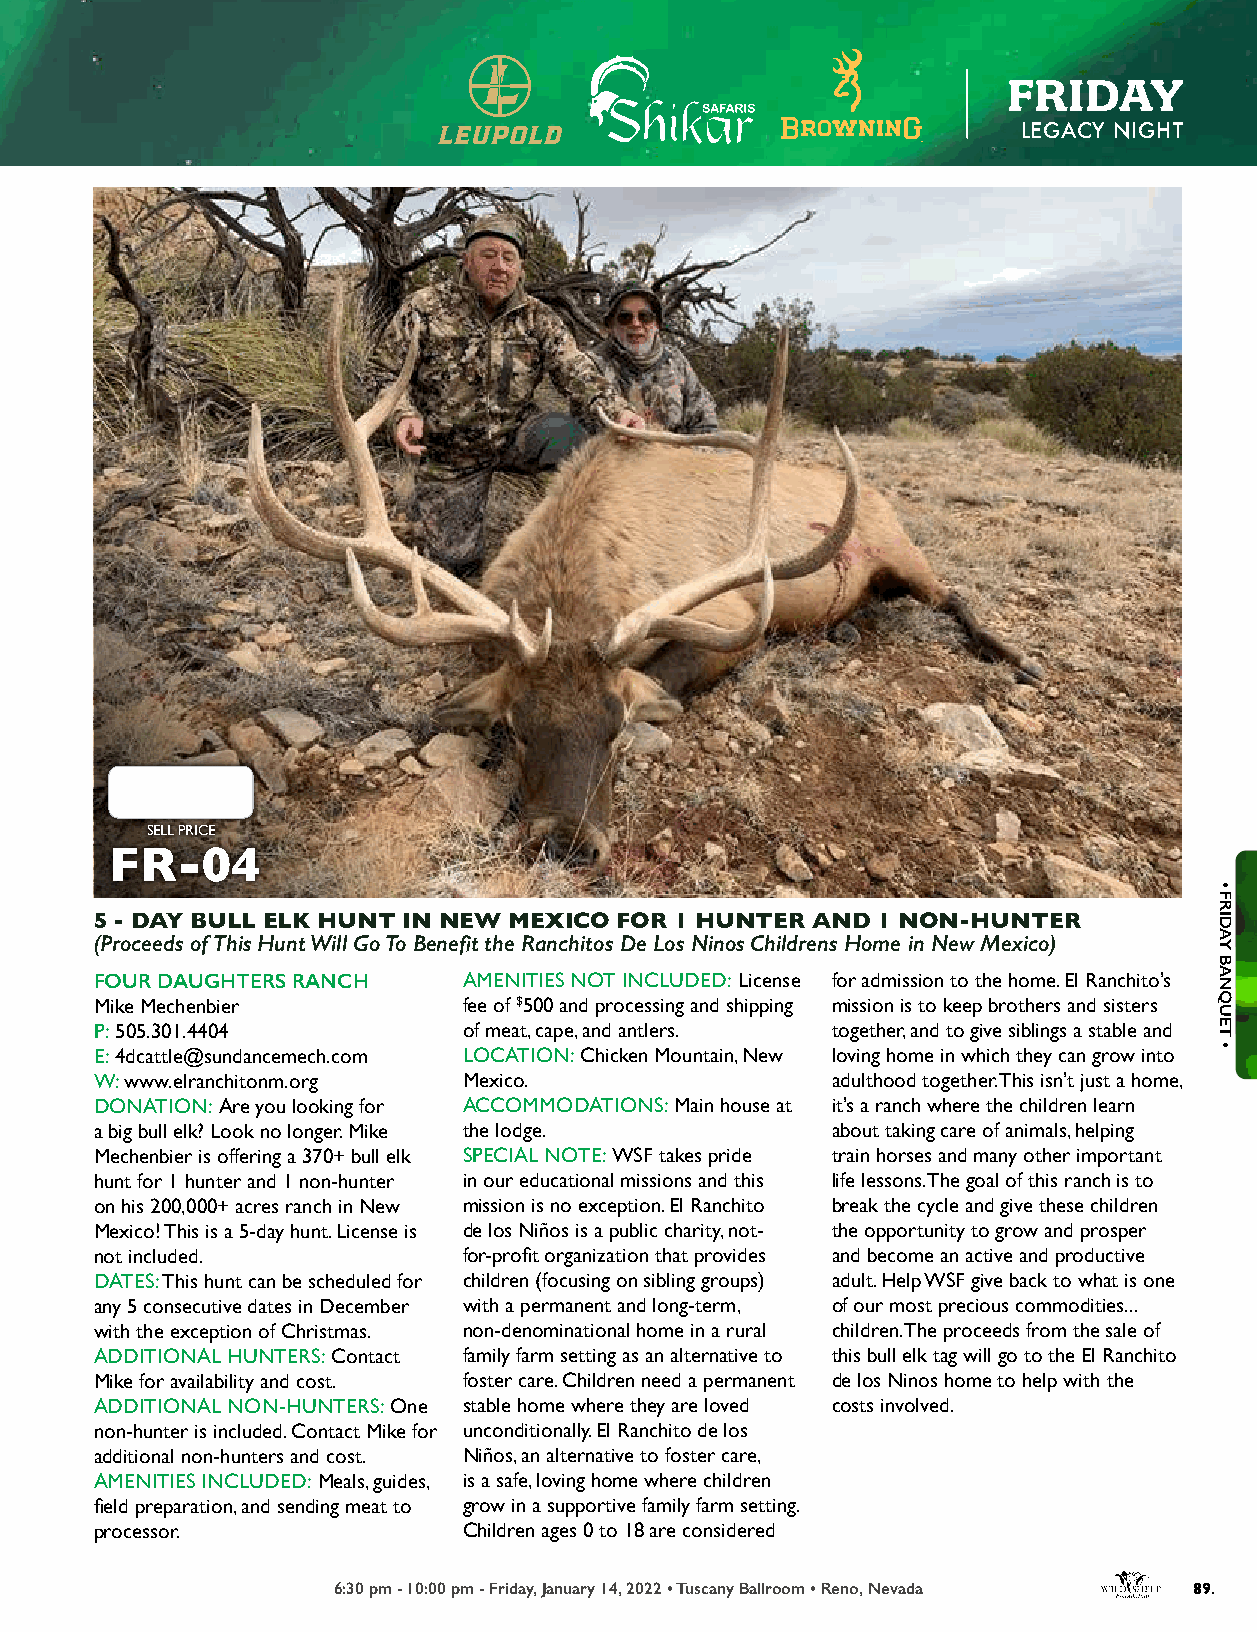
FRIDAY
 LEGACY NIGHT
 SELL PRICE
 FR-04
 5 - DAY BULL ELK HUNT IN NEW MEXICO FOR 1 HUNTER AND 1 NON-HUNTER
 (Proceeds of This Hunt Will Go To Benefit the Ranchitos De Los Ninos Childrens Home in New Mexico)
 FOUR DAUGHTERS RANCH     AMENITIES NOT INCLUDED: License for admission to the home. El Ranchito’s
 Mike Mechenbier          fee of $500 and processing and shipping mission is to keep brothers and sisters
 P: 505.301.4404          of meat, cape, and antlers. together, and to give siblings a stable and
 E: 4dcattle@sundancemech.com LOCATION: Chicken Mountain, New loving home in which they can grow into
 W: www.elranchitonm.org  Mexico.                 adulthood together. This isn’t just a home,
 DONATION: Are you looking for ACCOMMODATIONS: Main house at it’s a ranch where the children learn
 a big bull elk? Look no longer. Mike the lodge.  about taking care of animals, helping
 Mechenbier is offering a 370+ bull elk SPECIAL NOTE: WSF takes pride train horses and many other important
 hunt for 1 hunter and 1 non-hunter in our educational missions and this life lessons. The goal of this ranch is to
 on his 200,000+ acres ranch in New mission is no exception. El Ranchito break the cycle and give these children
 Mexico! This is a 5-day hunt. License is de los Niños is a public charity, not- the opportunity to grow and prosper
 not included.            for-profit organization that provides and become an active and productive
 DATES: This hunt can be scheduled for children (focusing on sibling groups) adult. Help WSF give back to what is one
 any 5 consecutive dates in December with a permanent and long-term, of our most precious commodities...
 with the exception of Christmas. non-denominational home in a rural children. The proceeds from the sale of
 ADDITIONAL HUNTERS: Contact family farm setting as an alternative to this bull elk tag will go to the El Ranchito
 Mike for availability and cost. foster care. Children need a permanent de los Ninos home to help with the
 ADDITIONAL NON-HUNTERS: One stable home where they are loved costs involved.
 non-hunter is included. Contact Mike for unconditionally. El Ranchito de los
 additional non-hunters and cost. Niños, an alternative to foster care,
 AMENITIES INCLUDED: Meals, guides, is a safe, loving home where children
 field preparation, and sending meat to grow in a supportive family farm setting.
 processor.               Children ages 0 to 18 are considered
 6:30 pm - 10:00 pm - Friday, January 14, 2022 • Tuscany Ballroom • Reno, Nevada 89.
 •
 FRIDAY
 BANQUET
 •